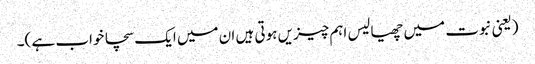
(یعنی نبوت میں چھیالیس اہم چیزیں ہوتی ہیں ان میں ایک سچا خواب ہے )۔